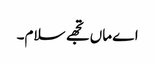
اے ماں تجھے سلام۔